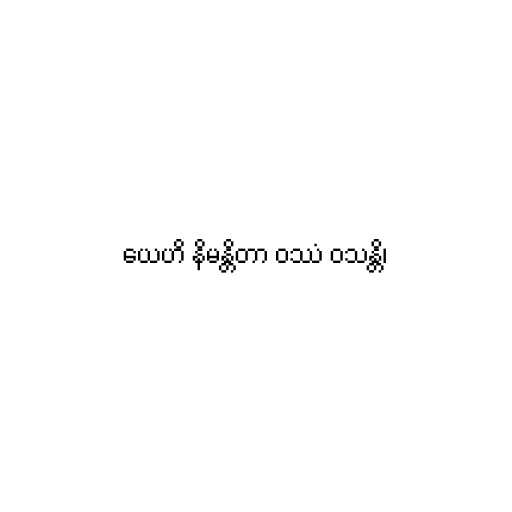
ယေဟိ နိမန္တိတာ ဝဿံ ဝသန္တိ၊